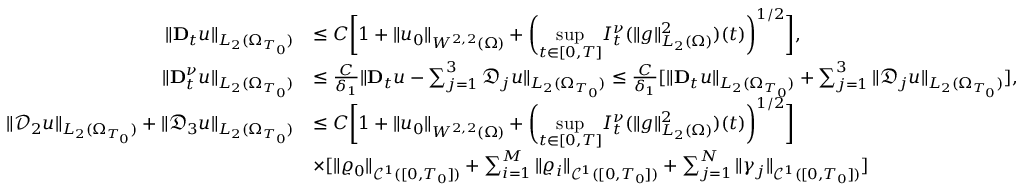
\begin{array} { r l } { \| \mathbf { D } _ { t } u \| _ { L _ { 2 } ( \Omega _ { T _ { 0 } } ) } } & { \leq C \bigg [ 1 + \| u _ { 0 } \| _ { W ^ { 2 , 2 } ( \Omega ) } + \bigg ( \underset { t \in [ 0 , T ] } { \operatorname* { s u p } } I _ { t } ^ { \nu } ( \| g \| _ { L _ { 2 } ( \Omega ) } ^ { 2 } ) ( t ) \bigg ) ^ { 1 / 2 } \bigg ] , } \\ { \| \mathbf { D } _ { t } ^ { \nu } u \| _ { L _ { 2 } ( \Omega _ { T _ { 0 } } ) } } & { \leq \frac { C } { \delta _ { 1 } } \| \mathbf { D } _ { t } u - \sum _ { j = 1 } ^ { 3 } \mathfrak { D } _ { j } u \| _ { L _ { 2 } ( \Omega _ { T _ { 0 } } ) } \leq \frac { C } { \delta _ { 1 } } [ \| \mathbf { D } _ { t } u \| _ { L _ { 2 } ( \Omega _ { T _ { 0 } } ) } + \sum _ { j = 1 } ^ { 3 } \| \mathfrak { D } _ { j } u \| _ { L _ { 2 } ( \Omega _ { T _ { 0 } } ) } ] , } \\ { \| \mathcal { D } _ { 2 } u \| _ { L _ { 2 } ( \Omega _ { T _ { 0 } } ) } + \| \mathfrak { D } _ { 3 } u \| _ { L _ { 2 } ( \Omega _ { T _ { 0 } } ) } } & { \leq C \bigg [ 1 + \| u _ { 0 } \| _ { W ^ { 2 , 2 } ( \Omega ) } + \bigg ( \underset { t \in [ 0 , T ] } { \operatorname* { s u p } } I _ { t } ^ { \nu } ( \| g \| _ { L _ { 2 } ( \Omega ) } ^ { 2 } ) ( t ) \bigg ) ^ { 1 / 2 } \bigg ] } \\ & { \times [ \| \varrho _ { 0 } \| _ { \mathcal { C } ^ { 1 } ( [ 0 , T _ { 0 } ] ) } + \sum _ { i = 1 } ^ { M } \| \varrho _ { i } \| _ { \mathcal { C } ^ { 1 } ( [ 0 , T _ { 0 } ] ) } + \sum _ { j = 1 } ^ { N } \| \gamma _ { j } \| _ { \mathcal { C } ^ { 1 } ( [ 0 , T _ { 0 } ] ) } ] } \end{array}